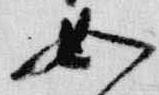
如